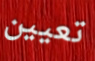
تعيين